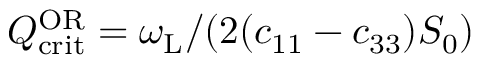
Q _ { \mathrm { c r i t } } ^ { \mathrm { O R } } = \omega _ { \mathrm { L } } / ( 2 ( c _ { 1 1 } - c _ { 3 3 } ) S _ { 0 } )